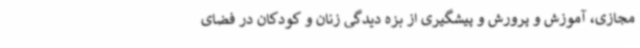
مجازی، آموزش و پرورش و پیشگیری از بزه دیدگی زنان و کودکان در فضای